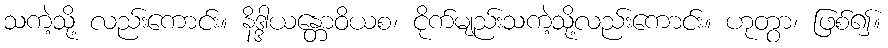
သကဲ့သို့ လည်းကောင်း။ နိဒ္ဒါယန္တောဝိယစ၊ ငိုက်မျည်းသကဲ့သို့လည်းကောင်း။ ဟုတွာ၊ ဖြစ်၍။